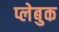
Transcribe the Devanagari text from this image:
प्लेबुक